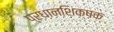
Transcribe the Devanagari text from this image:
प्रधानशिक्षक